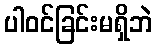
ပါဝင်ခြင်းမရှိဘဲ